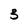
Character: 3